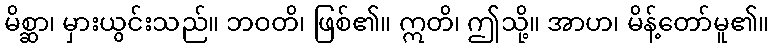
မိစ္ဆာ၊ မှားယွင်းသည်။ ဘဝတိ၊ ဖြစ်၏။ ဣတိ၊ ဤသို့။ အာဟ၊ မိန့်တော်မူ၏။